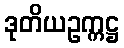
ဒုတိယဥက္ကဋ္ဌ